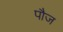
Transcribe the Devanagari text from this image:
पौज